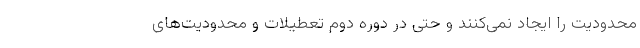
محدودیت را ایجاد نمی‌کنند و حتی در دوره دوم تعطیلات و محدودیت‌های